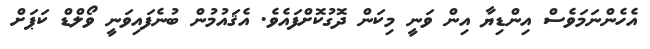
އެހެންނަމަވެސް އިންޑިޔާ އިން ވަނީ މިކަން ދޮގުކޮށްފައެވެ. އެޤައުމުން ބުނެފައިވަނީ ވޯލްޑް ކަޕަށް